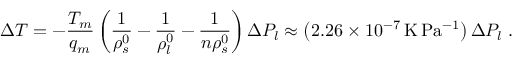
\Delta T = - \frac { T _ { m } } { q _ { m } } \left( \frac { 1 } { \rho _ { s } ^ { 0 } } - \frac { 1 } { \rho _ { l } ^ { 0 } } - \frac { 1 } { n \rho _ { s } ^ { 0 } } \right) \Delta P _ { l } \approx \left( 2 . 2 6 \times 1 0 ^ { - 7 } \, \mathrm { K \, P a ^ { - 1 } } \right) \Delta P _ { l } \; .